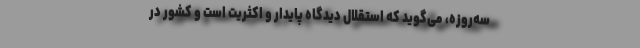
سه‌روزه، می‌گوید که استقلال دیدگاه پایدار و اکثریت است و کشور در